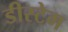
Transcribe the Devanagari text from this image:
डीस्टेम